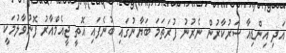
އަދި އިންޑިއާ ސަރުކާރުން ނެރުނު ފުރަތަމަ ބަޔާނުގައި ބުނެފައި އޮތީ ޖީއެމްއާރު ފޮނުވާލުމަކީ